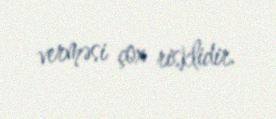
verməsi çox risklidir.